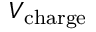
V _ { \mathrm { c h a r g e } }